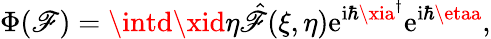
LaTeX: \Phi(\mathscr{F})=\intd\xid\eta\hat{{\mathscr{F}}}(\xi,\eta)\mathrm{{e}}^{\mathrm{{i}}\hbar\xia^{\dagger}}\mathrm{{e}}^{\mathrm{{i}}\hbar\etaa},